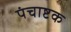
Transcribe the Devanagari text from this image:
पंचाष्टक